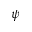
\psi